Indian journal of veterinary science and animal husbandry - Volumes 22-23, 1952-1953
Year: 1952
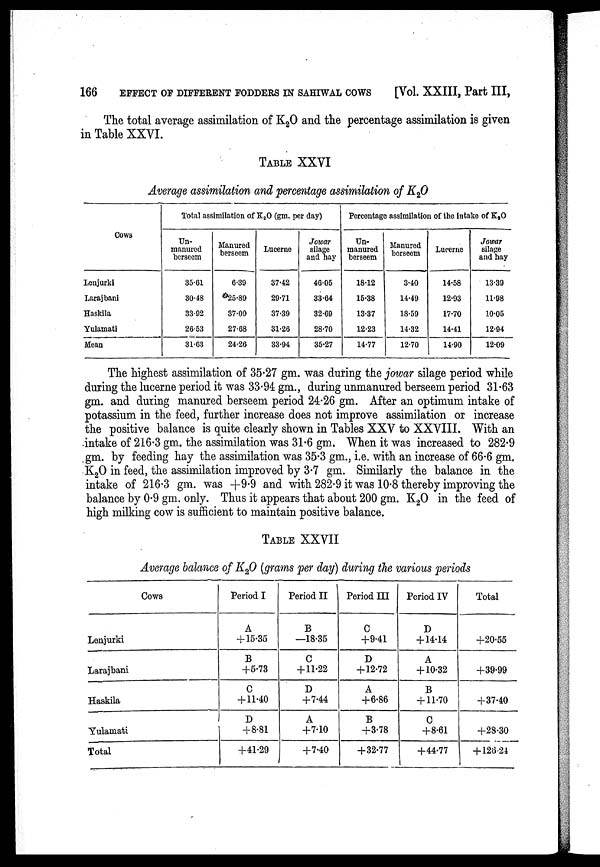
166
EFFECT OF DIFFERENT FODDERS IN SAHIWAL COWS
[Vol. XXIII, Part III,
The total average assimilation of K 2 O and the percentage assimilation is given
in Table XXVI.
TABLE XXVI
Average assimilation and percentage assimilation of K 2 O
Cows
Lenjurki
Larajbani
Haskila
Yulamati
Mean
Total assimilation of K 2 O (gm. per day)
Un-
manured
berseem
35.61
30.48
33.92
26.53
31.63
Manured
berseem
6.39
25.89
37.09
27.68
24.26
Lucerne
37.42
29.71
37.39
31.26
33.94
Jowar
silage
and hay
46.05
33.64
32.69
28.70
35.27
Percentage assimilation of the intake of K 2 O
Un-
manured
berseem
18.12
15.38
13.37
12.23
14.77
Manured
berseem
3.40
14.49
18.59
14.32
12.70
Lucerne
14.58
12.93
17.70
14.41
14.90
Jowar
silage
and hay
13.39
11.98
10.05
12.94
12.09
The highest assimilation of 35.27 gm. was during the jowar silage period while
during the lucerne period it was 33.94 gm., during unmanured berseem period 31.63
gm. and during manured berseem period 24.26 gm. After an optimum intake of
potassium in the feed, further increase does not improve assimilation or increase
the positive balance is quite clearly shown in Tables XXV to XXVIII. With an
intake of 216.3 gm. the assimilation was 31.6 gm. When it was increased to 282.9
gm. by feeding hay the assimilation was 35.3 gm., i.e. with an increase of 66.6 gm.
K 2 O in feed, the assimilation improved by 3.7 gm. Similarly the balance in the
intake of 216.3 gm. was +9.9 and with 282.9 it was 10.8 thereby improving the
balance by 0.9 gm. only. Thus it appears that about 200 gm. K 2 O in the feed of
high milking cow is sufficient to maintain positive balance.
TABLE XXVII
Average balance of K 2 O (grams per day) during the various periods
Cows
Lenjurki
Larajbani
Haskila
Yulamati
Total
Period I
A
+ 15.35
B
+5.73
C
+ 11.40
D
+8.81
+41.29
Period II
B
—18.35
C
+ 11.22
D
+7.44
A
+7.10
+7.40
Period III
C
+9.41
D
+ 12.72
A
+6.86
B
+3.78
+32.77
Period IV
D
+ 14.14
A
+ 10.32
B
+ 11.70
C
+8.61
+44.77
Total
+20.55
+39.99
+37.40
+28.30
+ 126.24